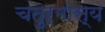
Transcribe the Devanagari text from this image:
चतुर्मास्य